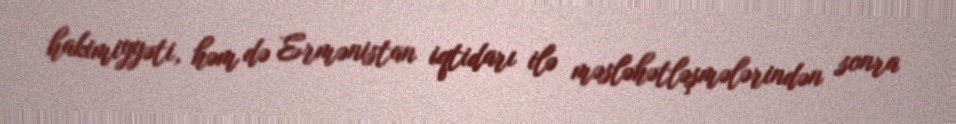
hakimiyyəti, həm də Ermənistan iqtidarı ilə məsləhətləşmələrindən sonra